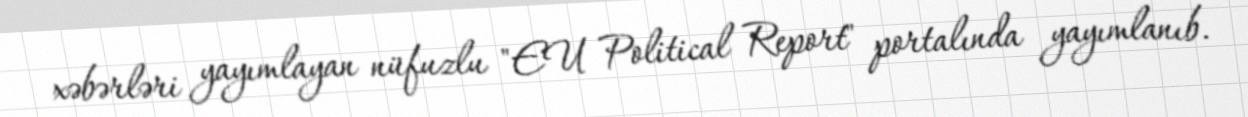
xəbərləri yayımlayan nüfuzlu "EU Political Report" portalında yayımlanıb.